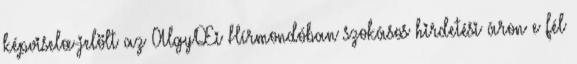
képviselœ-jelölt az AlgyŒi Hírmondóban szokásos hirdetési áron e fél